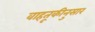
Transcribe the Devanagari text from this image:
वाहतूकीनुसार